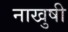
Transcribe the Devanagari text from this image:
नाखुषी